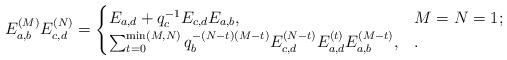
LaTeX: \begin{align*}E_{a,b}^{(M)}E_{c,d}^{(N)}=\begin{cases} E_{a,d}+q_c^{-1}E_{c,d}E_{a,b}, & M=N=1;\\\sum_{t=0}^{\min(M,N)}q_{b}^{-(N-t)(M-t)}E_{c,d}^{(N-t)}E_{a,d}^{(t)}E_{a,b}^{(M-t)},&.\end{cases}\end{align*}